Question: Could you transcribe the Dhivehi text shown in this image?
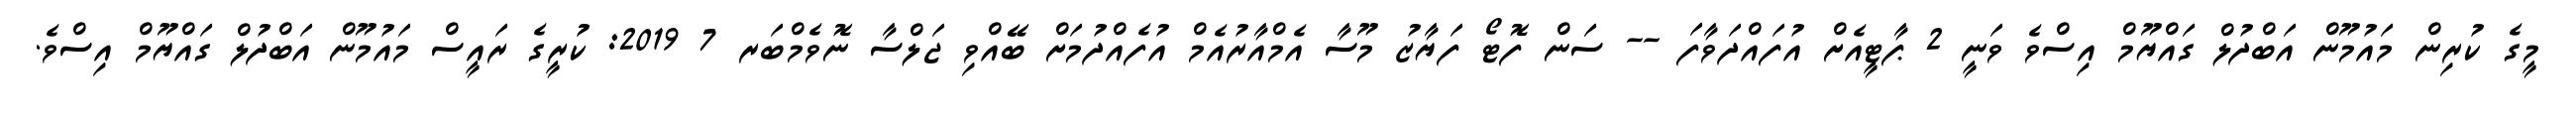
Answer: މީގެ ކުރިން މައުމޫން އަބްދުލް ގައްޔޫމް އިސްވެ ވަނީ 2 ޕާޓީއެށް އުފައްދަވާފަ -- ސަން ފޮޓޯ ފަޔާޒު މޫސާ އެމްއާރުއެމް އުފެއްދުމަށް ބޭއްވި ޖަލްސާ ނޮވެމްބަރ 7 2019: ކުރީގެ ރައީސް މައުމޫން އަބްދުލް ގައްޔޫމް އިސްވެ.